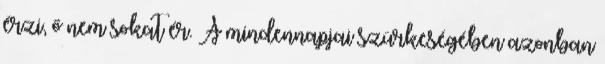
érzi, ő nem sokat ér. A mindennapjai szürkeségében azonban